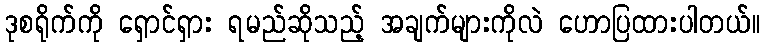
ဒုစရိုက်ကို ရှောင်ရှား ရမည်ဆိုသည့် အချက်များကိုလဲ ဟောပြထားပါတယ်။